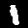
Digit: 1